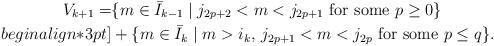
LaTeX: \begin{align*}V_{k+1} = & \{m \in \bar{I}_{k-1}\mid j_{2p+2}<m<j_{2p+1}\mbox{ for some }p\geq 0\}\\begin{align*}3pt] & +\{m \in \bar{I}_{k}\mid m>i_k,\,j_{2p+1}<m<j_{2p}\mbox{ for some }p\leq q\}. \end{align*}